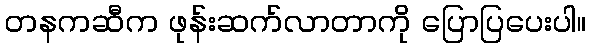
တနကဆီက ဖုန်းဆက်လာတာကို ပြောပြပေးပါ။